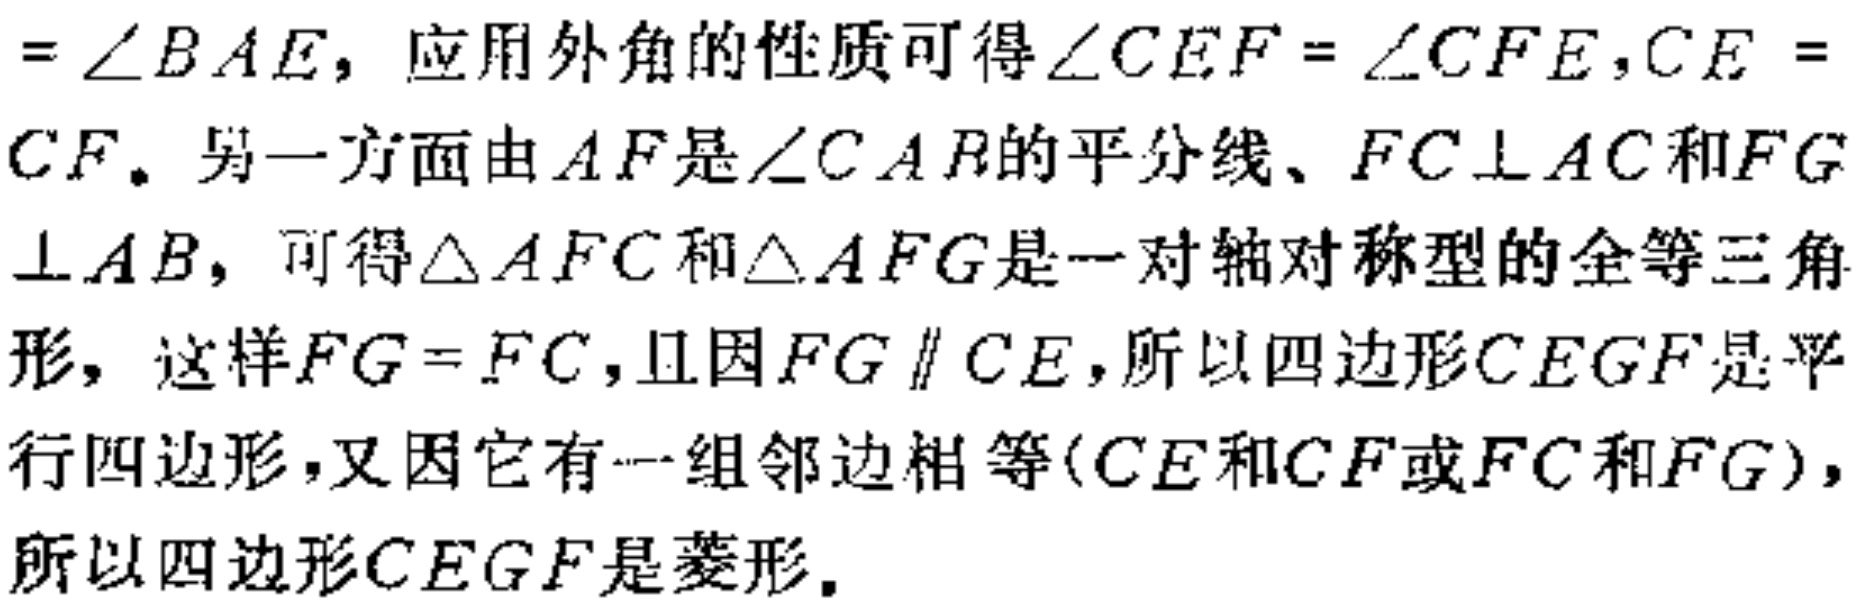
$=\angle BAE$，应用外角的性质可得$\angle CEF = \angle CFE,CE = CF$. 另一方面由$AF$是$\angle CAR$的平分线、$FC\perp AC$和$FG\perp AB$，可得$\triangle AFC$和$\triangle AFG$是一对轴对称型的全等三角形，这样$FG = FC$，且因$FG\parallel CE$，所以四边形$CEGF$是平行四边形，又因它有一组邻边相等（$CE$和$CF$或$FC$和$FG$），所以四边形$CEGF$是菱形.